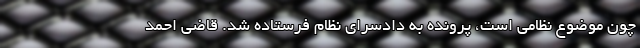
چون موضوع نظامی است، پرونده به دادسرای نظام فرستاده شد. قاضی احمد